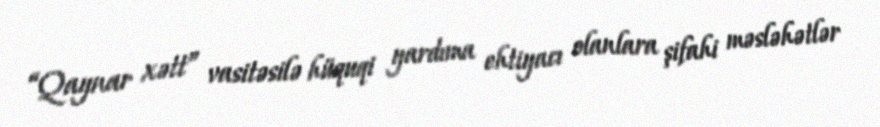
“Qaynar xətt” vasitəsilə hüquqi yardıma ehtiyacı olanlara şifahi məsləhətlər